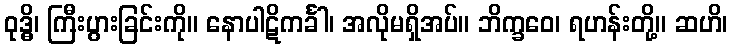
ဝုဒ္ဓိ၊ ကြီးပွားခြင်းကို။ နောပါဋိကင်္ခါ၊ အလိုမရှိအပ်။ ဘိက္ခဝေ၊ ရဟန်းတို့။ ဆဟိ၊